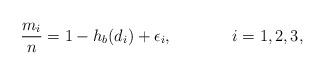
LaTeX: \begin{align*}{m_i \over n}=1-h_b(d_i)+\epsilon_i, \ \ \ \ \ \ \ \ \ \ \ i=1,2,3,\end{align*}